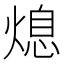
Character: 熄